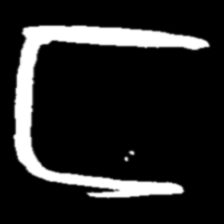
Pyu character \u2014 Myanmar letter: င (romanized: nga)